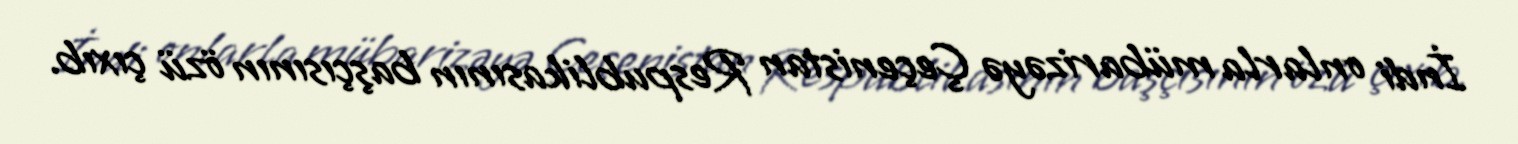
İndi onlarla mübarizəyə Çeçenistan Respublikasının başçısının özü çıxıb.